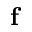
\mathbf { f }